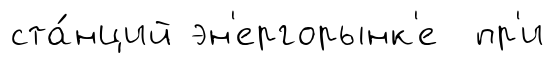
ста́нций эн'ергорынк'е пр'и